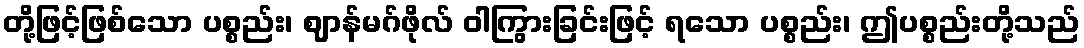
တို့ဖြင့်ဖြစ်သော ပစ္စည်း၊ ဈာန်မဂ်ဖိုလ် ဝါကြွားခြင်းဖြင့် ရသော ပစ္စည်း၊ ဤပစ္စည်းတို့သည်